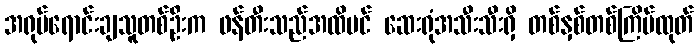
အရုပ်ရောင်းချသူတစ်ဦးက ဖန်တီးသည်အထိပင် ဆေးရုံအသီးသီးရှိ တစ်နှစ်တစ်ကြိမ်ထုတ်